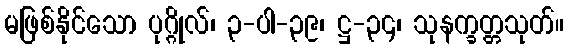
မဖြစ်နိုင်သော ပုဂ္ဂိုလ်၊ ၃-ပါ-၃၉၊ ဋ္ဌ-၃၄၊ သုနက္ခတ္တသုတ်။